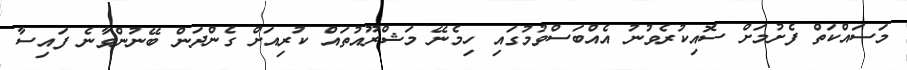
މަސައްކަތް ފެށުމަށް ސޮއިކުރެވުނު އެއްބަސްވުމުގައި ހިމެނޭ މަޝްރޫއުތައް ކުރިއަށް ގެންދަން ބޭނުންވާނެ ފައިސާ